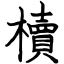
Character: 櫝